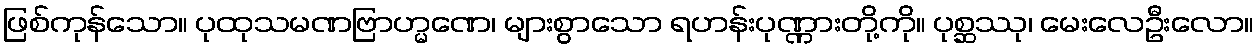
ဖြစ်ကုန်သော။ ပုထုသမဏဗြာဟ္မဏေ၊ များစွာသော ရဟန်းပုဏ္ဏားတို့ကို။ ပုစ္ဆဿု၊ မေးလေဦးလော။